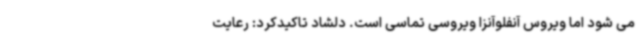
می شود اما ویروس آنفلوآنزا ویروسی تماسی است. دلشاد تاکیدکرد: رعایت